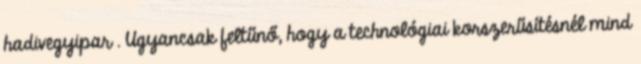
hadivegyipar . Ugyancsak feltűnő, hogy a technológiai korszerűsítésnél mind